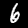
Digit: 6